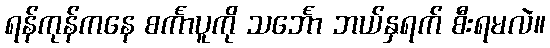
ရန်ကုန်ကနေ စင်္ကာပူကို သင်္ဘော ဘယ်နှရက် စီးရမလဲ။